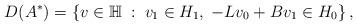
LaTeX: \begin{align*}D(A^*) = \left\{v \in {\Bbb H} \; : \; v_{1} \in H_{1},\;-L v_{0} + Bv_{1} \in H_{0} \right\},\end{align*}